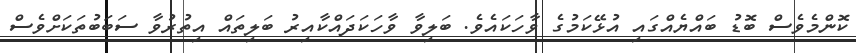
ކޮންމެވެސް ބޮޑު ބައްޔެއްގައި އުޅޭކަމުގެ ވާހަކައެވެ. ބަލިވާ ވާހަކަދައްކާއިރު ބަލިތައް އިތުރުވާ ސަބަބުތަކަށްވެސް